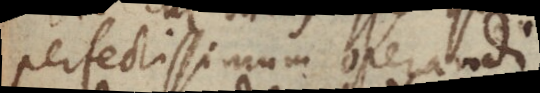
perfectissimum operandi